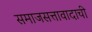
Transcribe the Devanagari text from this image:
समाजसत्तावादाची